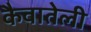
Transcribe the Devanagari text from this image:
कैवातेली